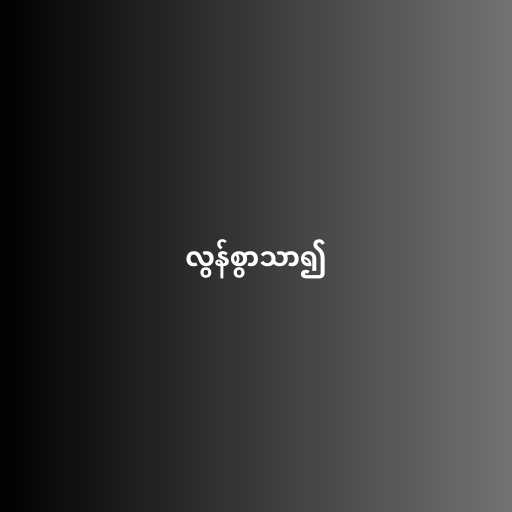
လွန်စွာသာ၍